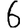
Digit: 6